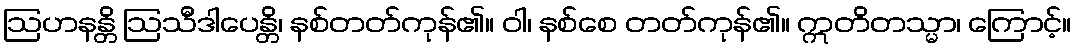
ဩဟနန္တိ ဩသီဒါပေန္တိ၊ နစ်တတ်ကုန်၏။ ဝါ၊ နစ်စေ တတ်ကုန်၏။ ဣတိတသ္မာ၊ ကြောင့်။